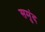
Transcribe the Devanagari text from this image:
समुंद